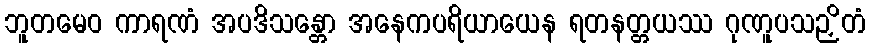
ဘူတမေဝ ကာရဏံ အပဒိသန္တော အနေကပရိယာယေန ရတနတ္တယဿ ဂုဏူပသဉှိတံ